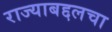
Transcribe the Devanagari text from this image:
राज्याबद्दलचा